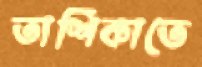
তাশিকাতে